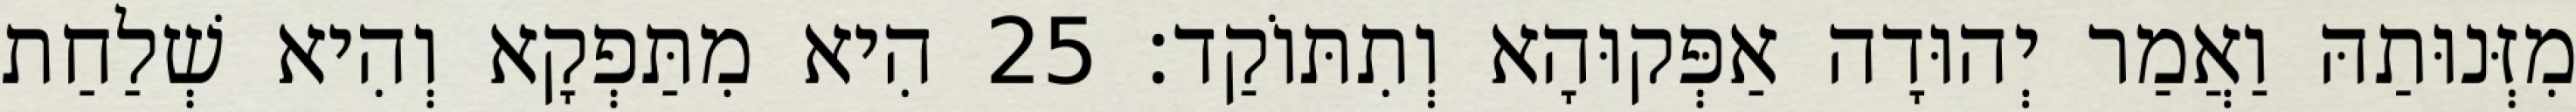
מִזְּנוּתַהּ וַאֲמַר יְהוּדָה אַפְּקוּהָא וְתִתּוֹקַד׃ 25 הִיא מִתַּפְקָא וְהִיא שְׁלַחַת